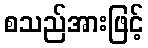
စသည်အားဖြင့်